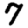
Digit: 7